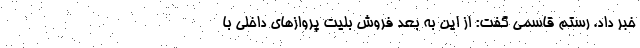
خبر داد. رستم قاسمی گفت: از این به بعد فروش بلیت پروازهای داخلی با